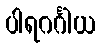
ပါရဂင်္ဂါယ